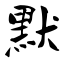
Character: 默